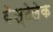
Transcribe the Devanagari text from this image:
वेस्टेलेक